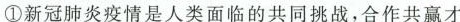
①新冠肺炎疫情是人类面临的共同挑战，合作共赢才